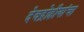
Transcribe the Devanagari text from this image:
देवद्रोहीयांचा